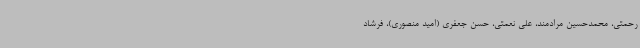
رحمتی، محمدحسین مرادمند، علی نعمتی، حسن جعفری (امید منصوری)، فرشاد